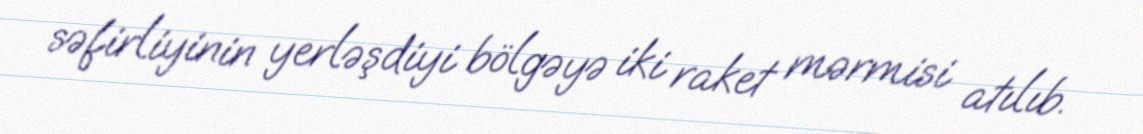
səfirliyinin yerləşdiyi bölgəyə iki raket mərmisi atılıb.